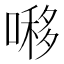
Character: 𠼪